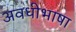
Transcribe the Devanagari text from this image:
अवधीभाषा